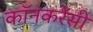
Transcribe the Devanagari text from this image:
कॉनकरेंसी